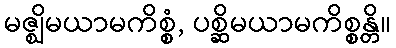
မဇ္ဈိမယာမကိစ္စံ, ပစ္ဆိမယာမကိစ္စန္တိ။